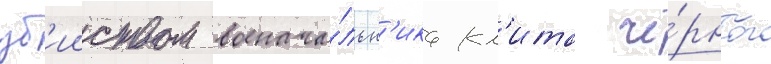
уб'ииством военача́льн'ика кл'ита чё́рного